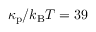
\kappa _ { \mathrm { p } } / k _ { \mathrm { B } } T = 3 9